Vaccination report Assam 1874-1896 - 1874-1896
Year: 1874
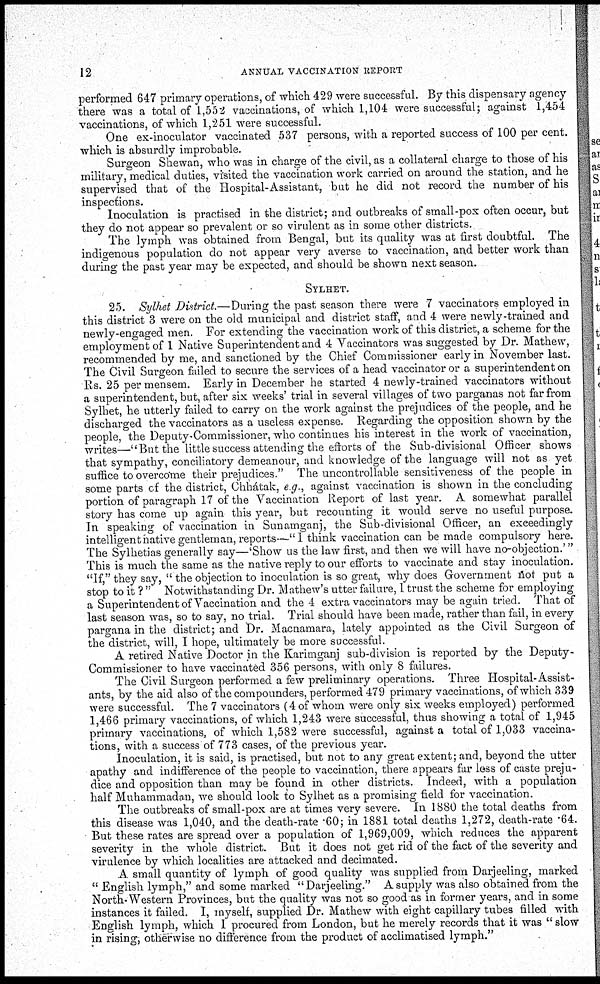
12
ANNUAL VACCINATION REPORT
performed 647 primary operations, of which 429 were successful. By this dispensary agency
there was a total of 1,552 vaccinations, of which 1,104 were successful; against 1,454
vaccinations, of which 1,251 were successful.
One ex-inoculator vaccinated 537 persons, with a reported success of 100 per cent.
which is absurdly improbable.
Surgeon Shewan, who was in charge of the civil, as a collateral charge to those of his
military, medical duties, visited the vaccination work carried on around the station, and he
supervised that of the Hospital-Assistant, but he did not record the number of his
inspections.
Inoculation is practised in the district; and outbreaks of small-pox often occur, but
they do not appear so prevalent or so virulent as in some other districts.
The lymph was obtained from Bengal, but its quality was at first doubtful. The
indigenous population do not appear very averse to vaccination, and better work than
during the past year may be expected, and should be shown next season.
SYLHET.
25. Sylhet District.—During the past season there were 7 vaccinators employed in
this district 3 were on the old municipal and district staff, and 4 were newly-trained and
newly-engaged men. For extending the vaccination work of this district, a scheme for the
employment of 1 Native Superintendent and 4 Vaccinators was suggested by Dr. Mathew,
recommended by me, and sanctioned by the Chief Commissioner early in November last.
The Civil Surgeon failed to secure the services of a head vaccinator or a superintendent on
Rs. 25 per mensem. Early in December he started 4 newly-trained vaccinators without
a superintendent, but, after six weeks' trial in several villages of two parganas not far from
Sylhet, he utterly failed to carry on the work against the prejudices of the people, and he
discharged the vaccinators as a useless expense. Regarding the opposition shown by the
people, the Deputy-Commissioner, who continues his interest in the work of vaccination,
writes—"But the little success attending the efforts of the Sub-divisional Officer shows
that sympathy, conciliatory demeanour, and knowledge of the language will not as yet
suffice to overcome their prejudices." The uncontrollable sensitiveness of the people in
some parts of the district, Chhátak, e g., against vaccination is shown in the concluding
portion of paragraph 17 of the Vaccination Report of last year. A somewhat parallel
story has come up again this year, but recounting it would serve no useful purpose.
In speaking of vaccination in Sunamganj, the Sub-divisional Officer, an exceedingly
intelligent native gentleman, reports—"I think vaccination can be made compulsory here.
The Sylhetias generally say—'Show us the law first, and then we will have no-objection.'"
This is much the same as the native reply to our efforts to vaccinate and stay inoculation.
"If," they say, " the objection to inoculation is so great, why does Government not put a
stop to it ? " Notwithstanding Dr. Mathew's utter failure, I trust the scheme for employing
a Superintendent of Vaccination and the 4 extra vaccinators may be again tried. That of
last season was, so to say, no trial. Trial should have been made, rather than fail, in every
pargana in the district; and Dr. Macnamara, lately appointed as the Civil Surgeon of
the district, will, I hope, ultimately be more successful.
A retired Native Doctor in the Karimganj sub-division is reported by the Deputy-
Commissioner to have vaccinated 356 persons, with only 8 failures.
The Civil Surgeon performed a few preliminary operations. Three Hospital-Assist-
ants, by the aid also of the compounders, performed 479 primary vaccinations, of which 339
were successful. The 7 vaccinators (4 of whom were only six weeks employed) performed
1,466 primary vaccinations, of which 1,243 were successful, thus showing a total of 1,945
primary vaccinations, of which 1,582 were successful, against a total of 1,033 vaccina-
tions, with a success of 773 cases, of the previous year.
Inoculation, it is said, is practised, but not to any great extent; and, beyond the utter
apathy and indifference of the people to vaccination, there appears far less of caste preju-
dice and opposition than may be found in other districts. Indeed, with a population
half Muhammadan, we should look to Sylhet as a promising field for vaccination.
The outbreaks of small-pox are at times very severe. In 1880 the total deaths from
this disease was 1,040, and the death-rate .60; in 1881 total deaths 1,272, death-rate .64.
But these rates are spread over a population of 1,969,009, which reduces the apparent
severity in the whole district. But it does not get rid of the fact of the severity and
virulence by which localities are attacked and decimated.
A small quantity of lymph of good quality was supplied from Darjeeling, marked
" English lymph," and some marked "Darjeeling." A supply was also obtained from the
North-Western Provinces, but the quality was not so good as in former years, and in some
instances it failed. I, myself, supplied Dr. Mathew with eight capillary tubes filled with
English lymph, which I procured from London, but he merely records that it was " slow
in rising, otherwise no difference from the product of acclimatised lymph."